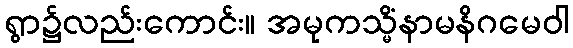
ရွာ၌လည်းကောင်း။ အမုကသ္မိံနာမနိဂမေဝါ